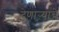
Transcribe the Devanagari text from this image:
देणाऱ्याचे